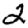
Digit: 2